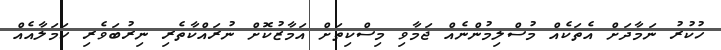
ހުކުރު ނަމާދަށް އެތަކެއް މުސްލިމުންނެއް ޖަމާވި މިސްކިތަށް އަމާޒުކޮށް ނުރައްކާތެރި ނިރުބަވެރި ހަމަލާއެއް